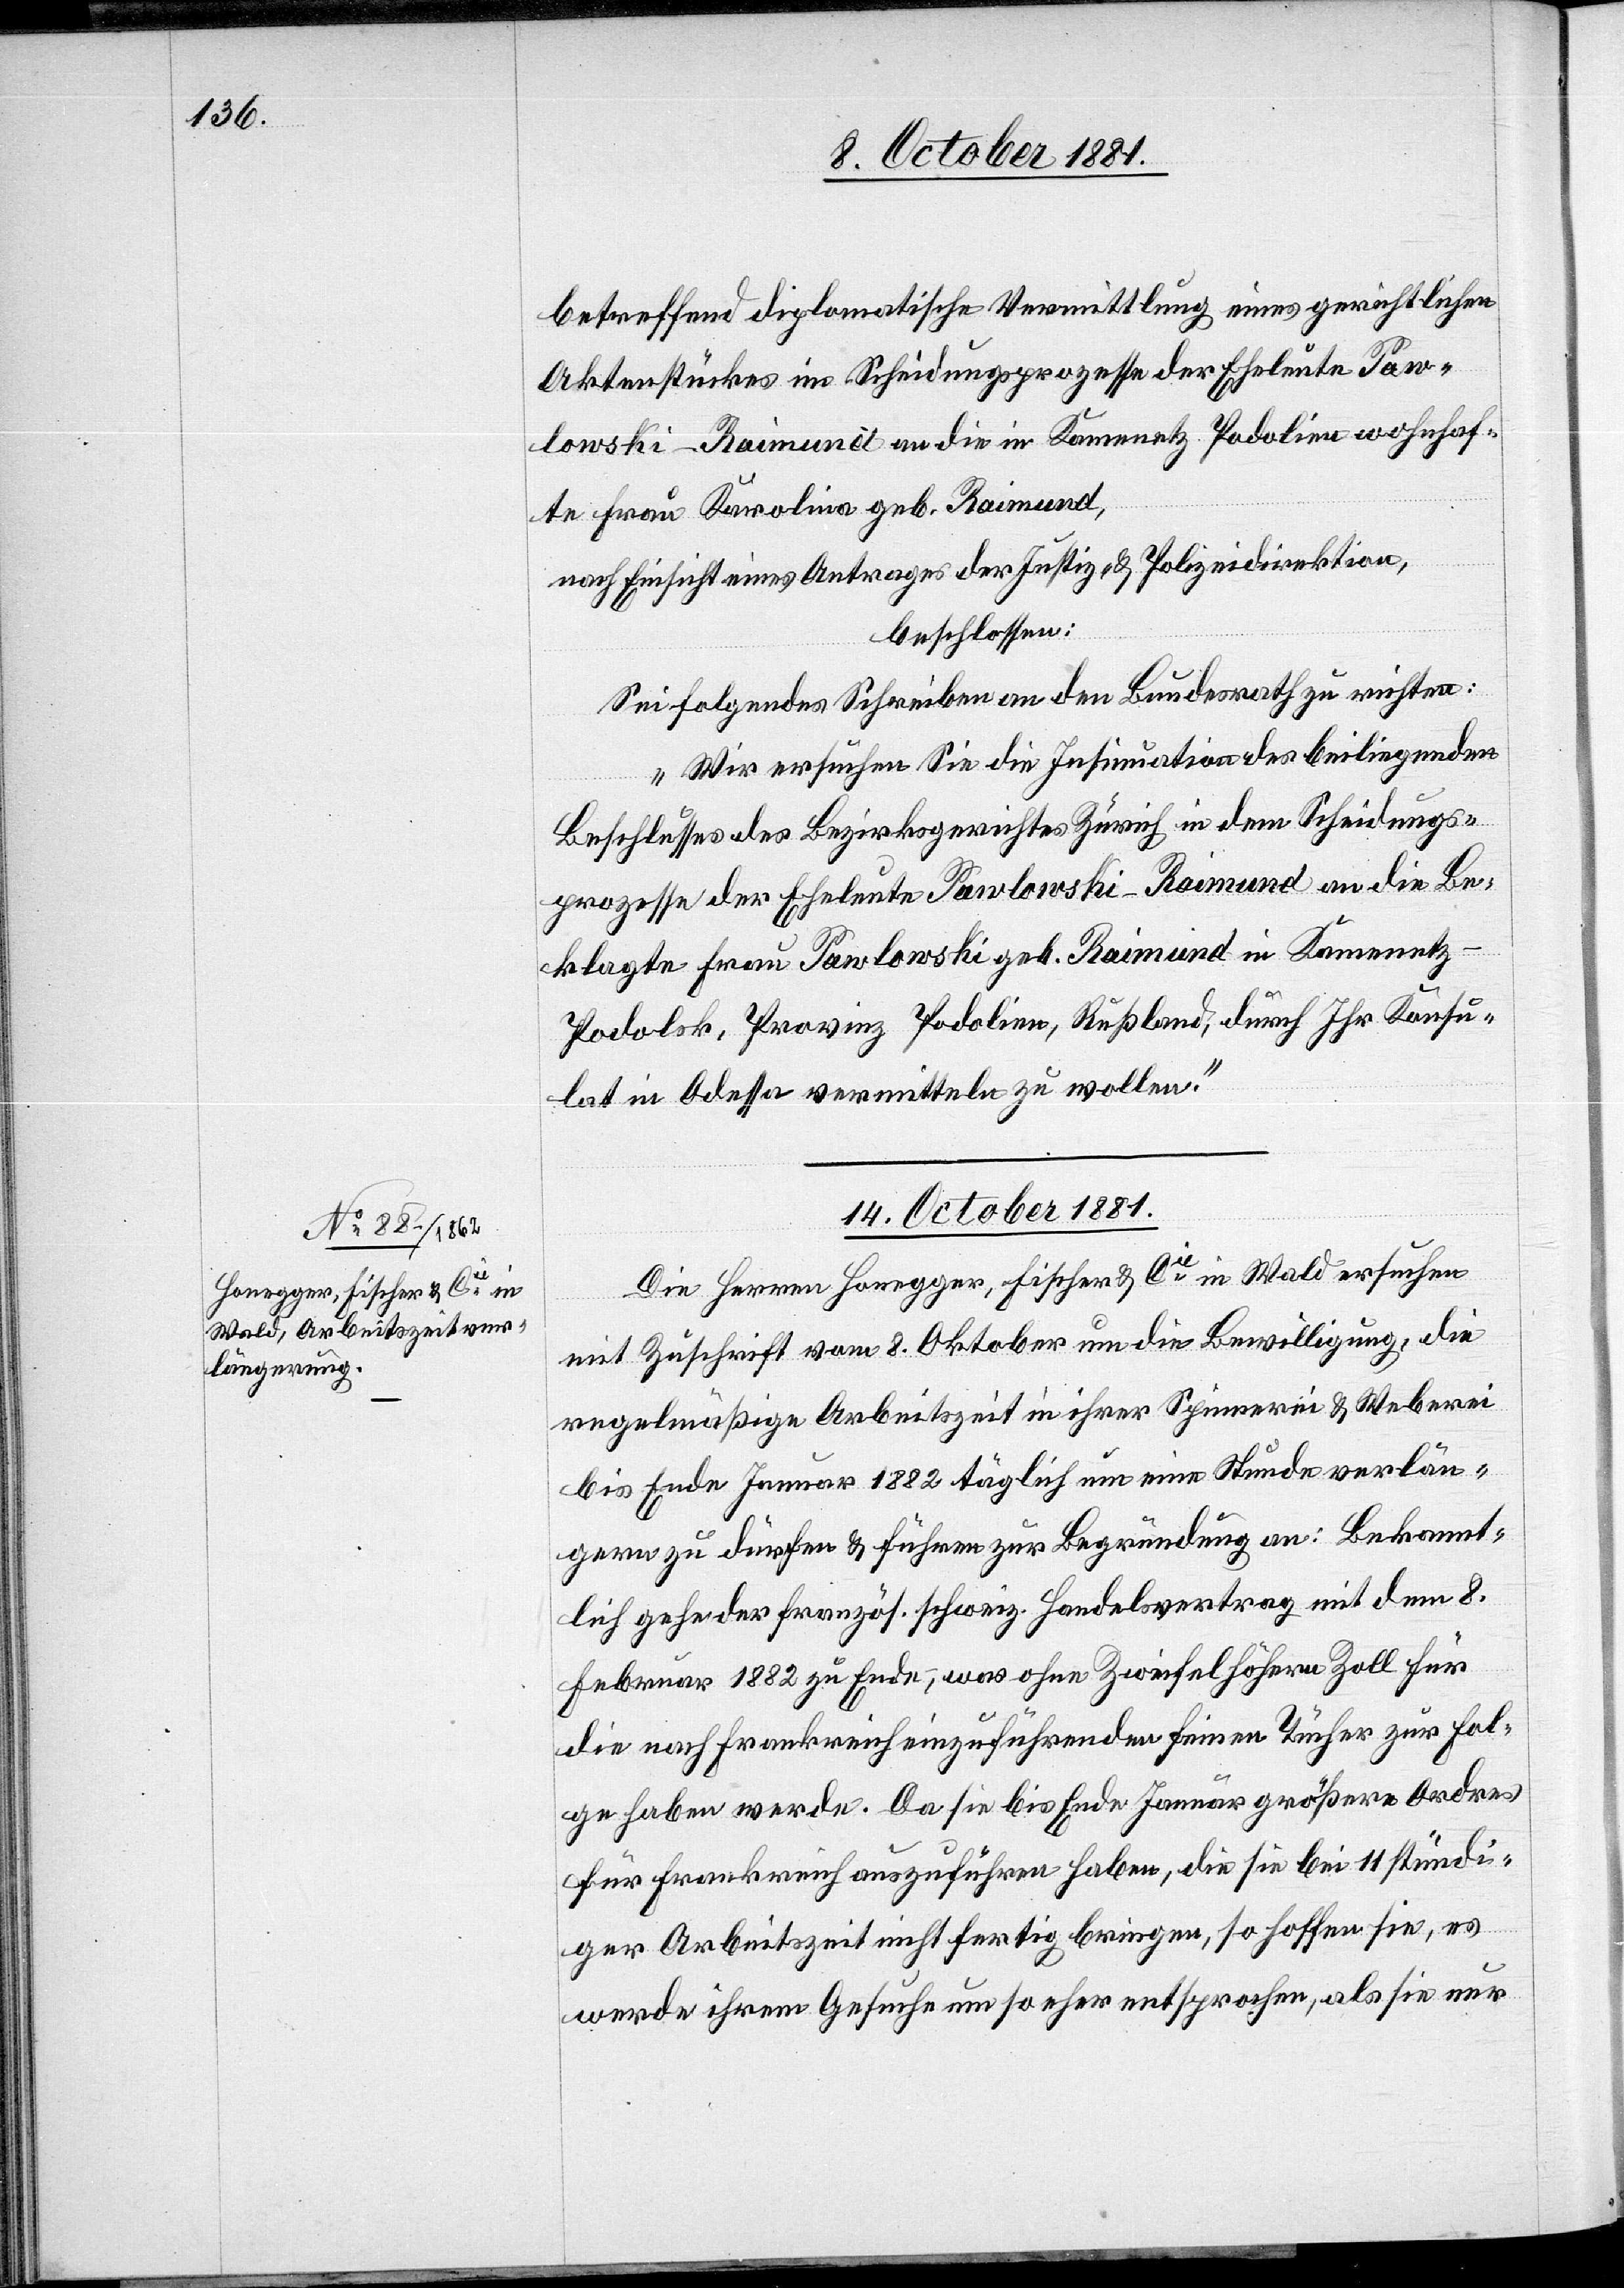
betreffend diplomatische Vermittlung eines gerichtlichen
Aktenstückes im Scheidungsprozesse der Eheleute Paw¬
lowski-Raimund an die in Kamenetz Podolinec wohnhaf¬
te Frau Karolina geb. Raimund,
nach Einsicht eines Antrages der Justiz- & Polizeidirektion,
beschlossen:
Sei folgendes Schreiben an den Bundesrath zu richten:
„Wir ersuchen Sie die Insinuation des beliegenden
Beschlusses des Bezirksgerichtes Zürich in dem Scheidungs¬
prozesse der Eheleute Pawlowski-Raimund an die Be¬
klagte Frau Pawlowski geb. Raimund in Kamenetz
Podolsk, Provinz Podolinec, Rußland, durch Ihr Konsu¬
lat in Odessa vermitteln zu wollen.“
14. October 1881.
Die Herren Honegger, Fischer & Cie in Wald ersuchen
mit Zuschrift vom 8. Oktober um die Bewilligung, die
regelmäßige Arbeitszeit in ihrer Spinnerei & Weberei
bis Ende Januar 1882 täglich um eine Stunde verlän¬
gern zu dürfen & führen zur Begründung an: Bekannt¬
lich gehe der Französ. Schweiz. Handelsvertrag mit dem 8.
Februar 1882 zu Ende, was ohne Zweifel höhern Zoll für
die nach Frankreich einzuführenden feinen Tücher zur Fol¬
ge haben werde. Da sie bis Ende Januar größere Ordres
für Frankreich auszuführen haben, die sie bei 11 stündi¬
ger Arbeitszeit nicht fertig bringen, so hoffen sie, es
werde ihrem Gesuche um so eher entsprochen, als sie nur